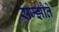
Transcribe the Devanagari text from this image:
सम्झौते